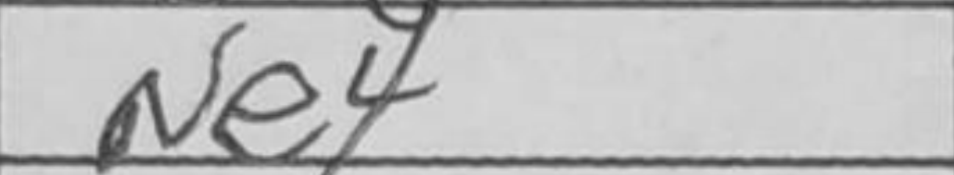
Transcription: Ne4